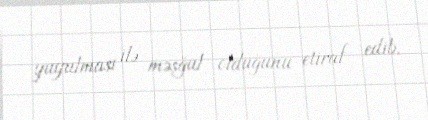
yuyulması ilə məşğul olduğunu etiraf edib.